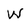
Character: W